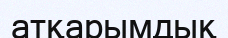
атқарымдық